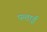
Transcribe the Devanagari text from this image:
पन्ताई